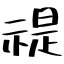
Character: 禔